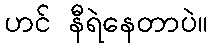
ဟင် နီရဲနေတာပဲ။